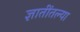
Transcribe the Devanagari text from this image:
ज्ञातींतल्या